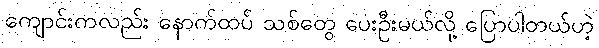
ကျောင်းကလည်း နောက်ထပ် သစ်တွေ ပေးဦးမယ်လို့ ပြောပါတယ်ဟဲ့